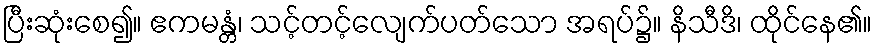
ပြီးဆုံးစေ၍။ ဧကမန္တံ၊ သင့်တင့်လျေက်ပတ်သော အရပ်၌။ နိသီဒိ၊ ထိုင်နေ၏။